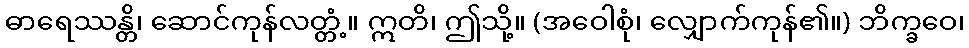
ဓာရေဿန္တိ၊ ဆောင်ကုန်လတ္တံ့။ ဣတိ၊ ဤသို့။ (အဝေါစုံ၊ လျှောက်ကုန်၏။) ဘိက္ခဝေ၊